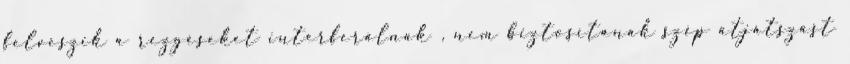
felveszik a rezgéseket interferálnak , nem biztosítanak szép átjátszást